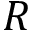
R